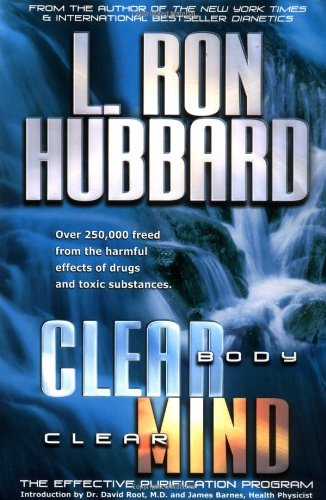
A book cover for Clear Body Clear Mind: The Effective Purification Program; L. Ron Hubbard; Health, Fitness & Dieting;